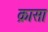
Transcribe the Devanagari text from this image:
क्रासा